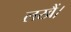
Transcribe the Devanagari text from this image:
लखैं।